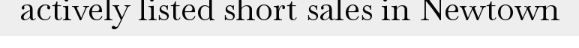
actively listed short sales in Newtown